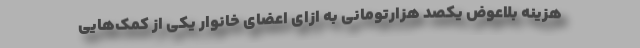
هزینه بلاعوض یکصد هزارتومانی به ازای اعضای خانوار یکی از کمک‌هایی